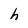
Character: h